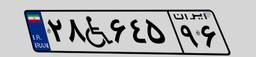
۵۸W۴۸۶۱۲